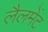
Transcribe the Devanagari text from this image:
लैलमेंट